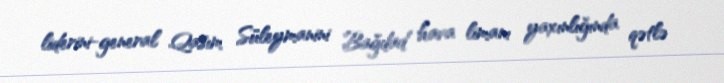
liderini-general Qasım Süleymanini Bağdad hava limanı yaxınlığında qətlə